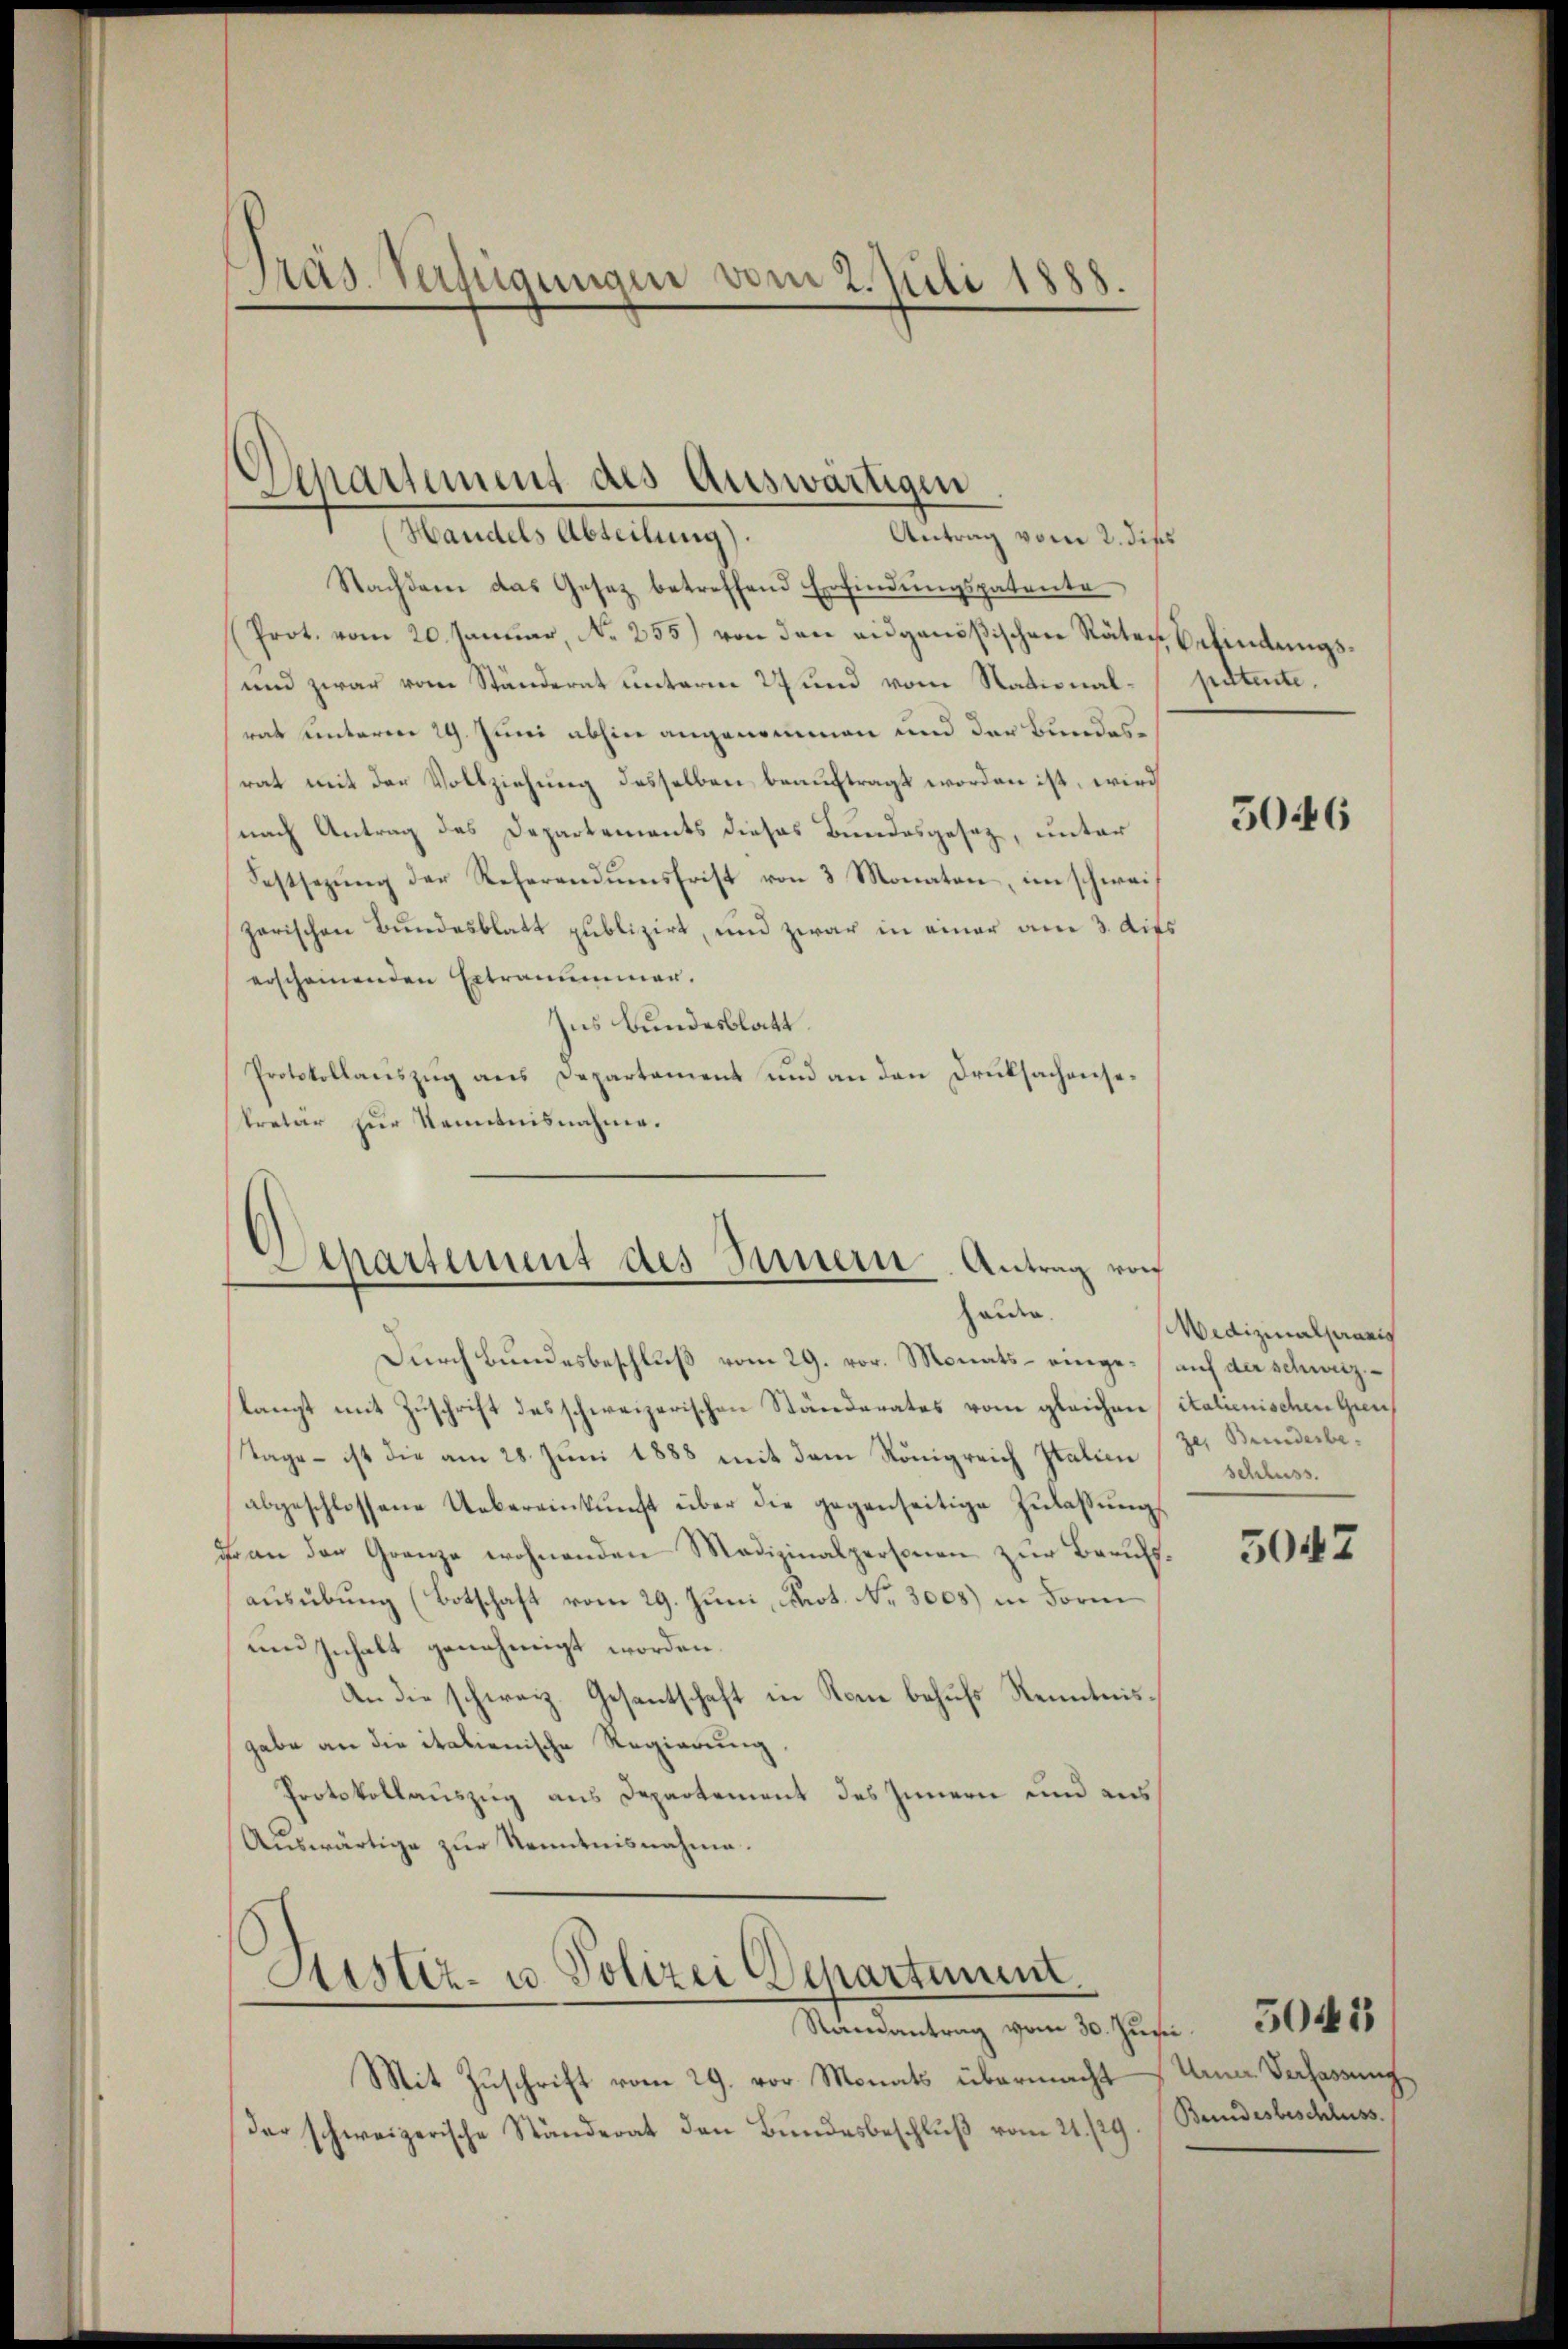
Präs. Verfügungen vom 2. Juli 1888.

Nachdem das Gesetz betreffend Erfindŭngspatente
(Prot. vom 20. Januar, No. 255) von den eidgenößischen Räten Befindungs¬
und zwar vom Ständerat unterm 27 und vom Stationalrat unterm 29. Juni abhin angenommen und der Bundesrat mit der Vollziehung desselben beauftragt worden ist, wird
nach Antrag des Departements dieses Bundesgesetz, unter
Festsezung der Referendumsfrist von 3 Monaten, im schweiz
zarischen Bundesblatt publizirt, und zwar in einer am 3. dies
erscheinenden Ertraummer.
Ins Bundesblatt.
Protokollauszug aus Departement und an den Druksachensekretar zur Kenntnisnahme.
Durch Bundesbeschluß vom 29. vor. Monats - einge auf der schweizlangt mit Zuschrift des schweizerischen Ständerates vom gleichen italienischen Gren¬
Tage – ist die am 28. Juni 1888 mit dem Königreich Italien (z. Bunderbeabgeschlossene Uebereinkunft über die gegenseitige Zulaßungs
Frau der Grenze wohnenden Medizinalpersonen zur Berufsausübung (Botschaft vom 29. Juni, Fact. No. 3008) in Form
um Inhalt genehmigt worden.
An die schweiz. Gesentschaft in Kon behufs Kenntnisgabe an die italienische Regierung.
Protokollauszug aus Departement des Innern und aus
Auswärtige zur Kenntnisnahme.
Kister- u. Polizei Schartiunt
Mandantung vom 1. Jus
Mit Zuschrift vom 29. vor Monats übermacht
Der schweizerische Ständerat den Bundesbeschluß vom 21./29

Aepartement des Auswärtigen
Handels Abteilung).
Antrag vom 2. dies

Apartement des Innern. Antrag von
Heiden.

petente.

50446

Wedizinalpanis
schluss.
5047

Urner Verfassung
Bundesbeschluss.

5045